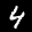
Label: 4